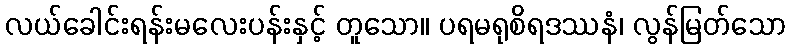
လယ်ခေါင်းရန်းမလေးပန်းနှင့် တူသော။ ပရမရုစိရဒဿနံ၊ လွန်မြတ်သော